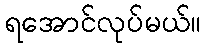
ရအောင်လုပ်မယ်။